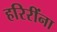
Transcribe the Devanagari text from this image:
हरिरींना